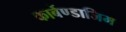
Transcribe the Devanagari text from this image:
कार्बेण्डाजिम